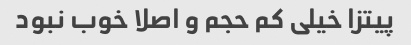
پیتزا خیلی کم حجم و اصلا خوب نبود